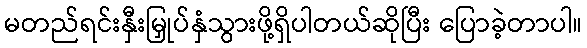
မတည်ရင်းနှီးမြှုပ်နှံသွားဖို့ရှိပါတယ်ဆိုပြီး ပြောခဲ့တာပါ။